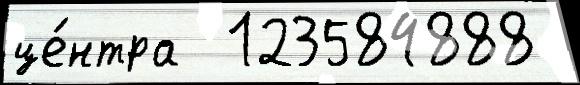
це́нтра  123584888